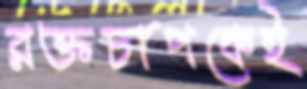
রক্তচাপকেই